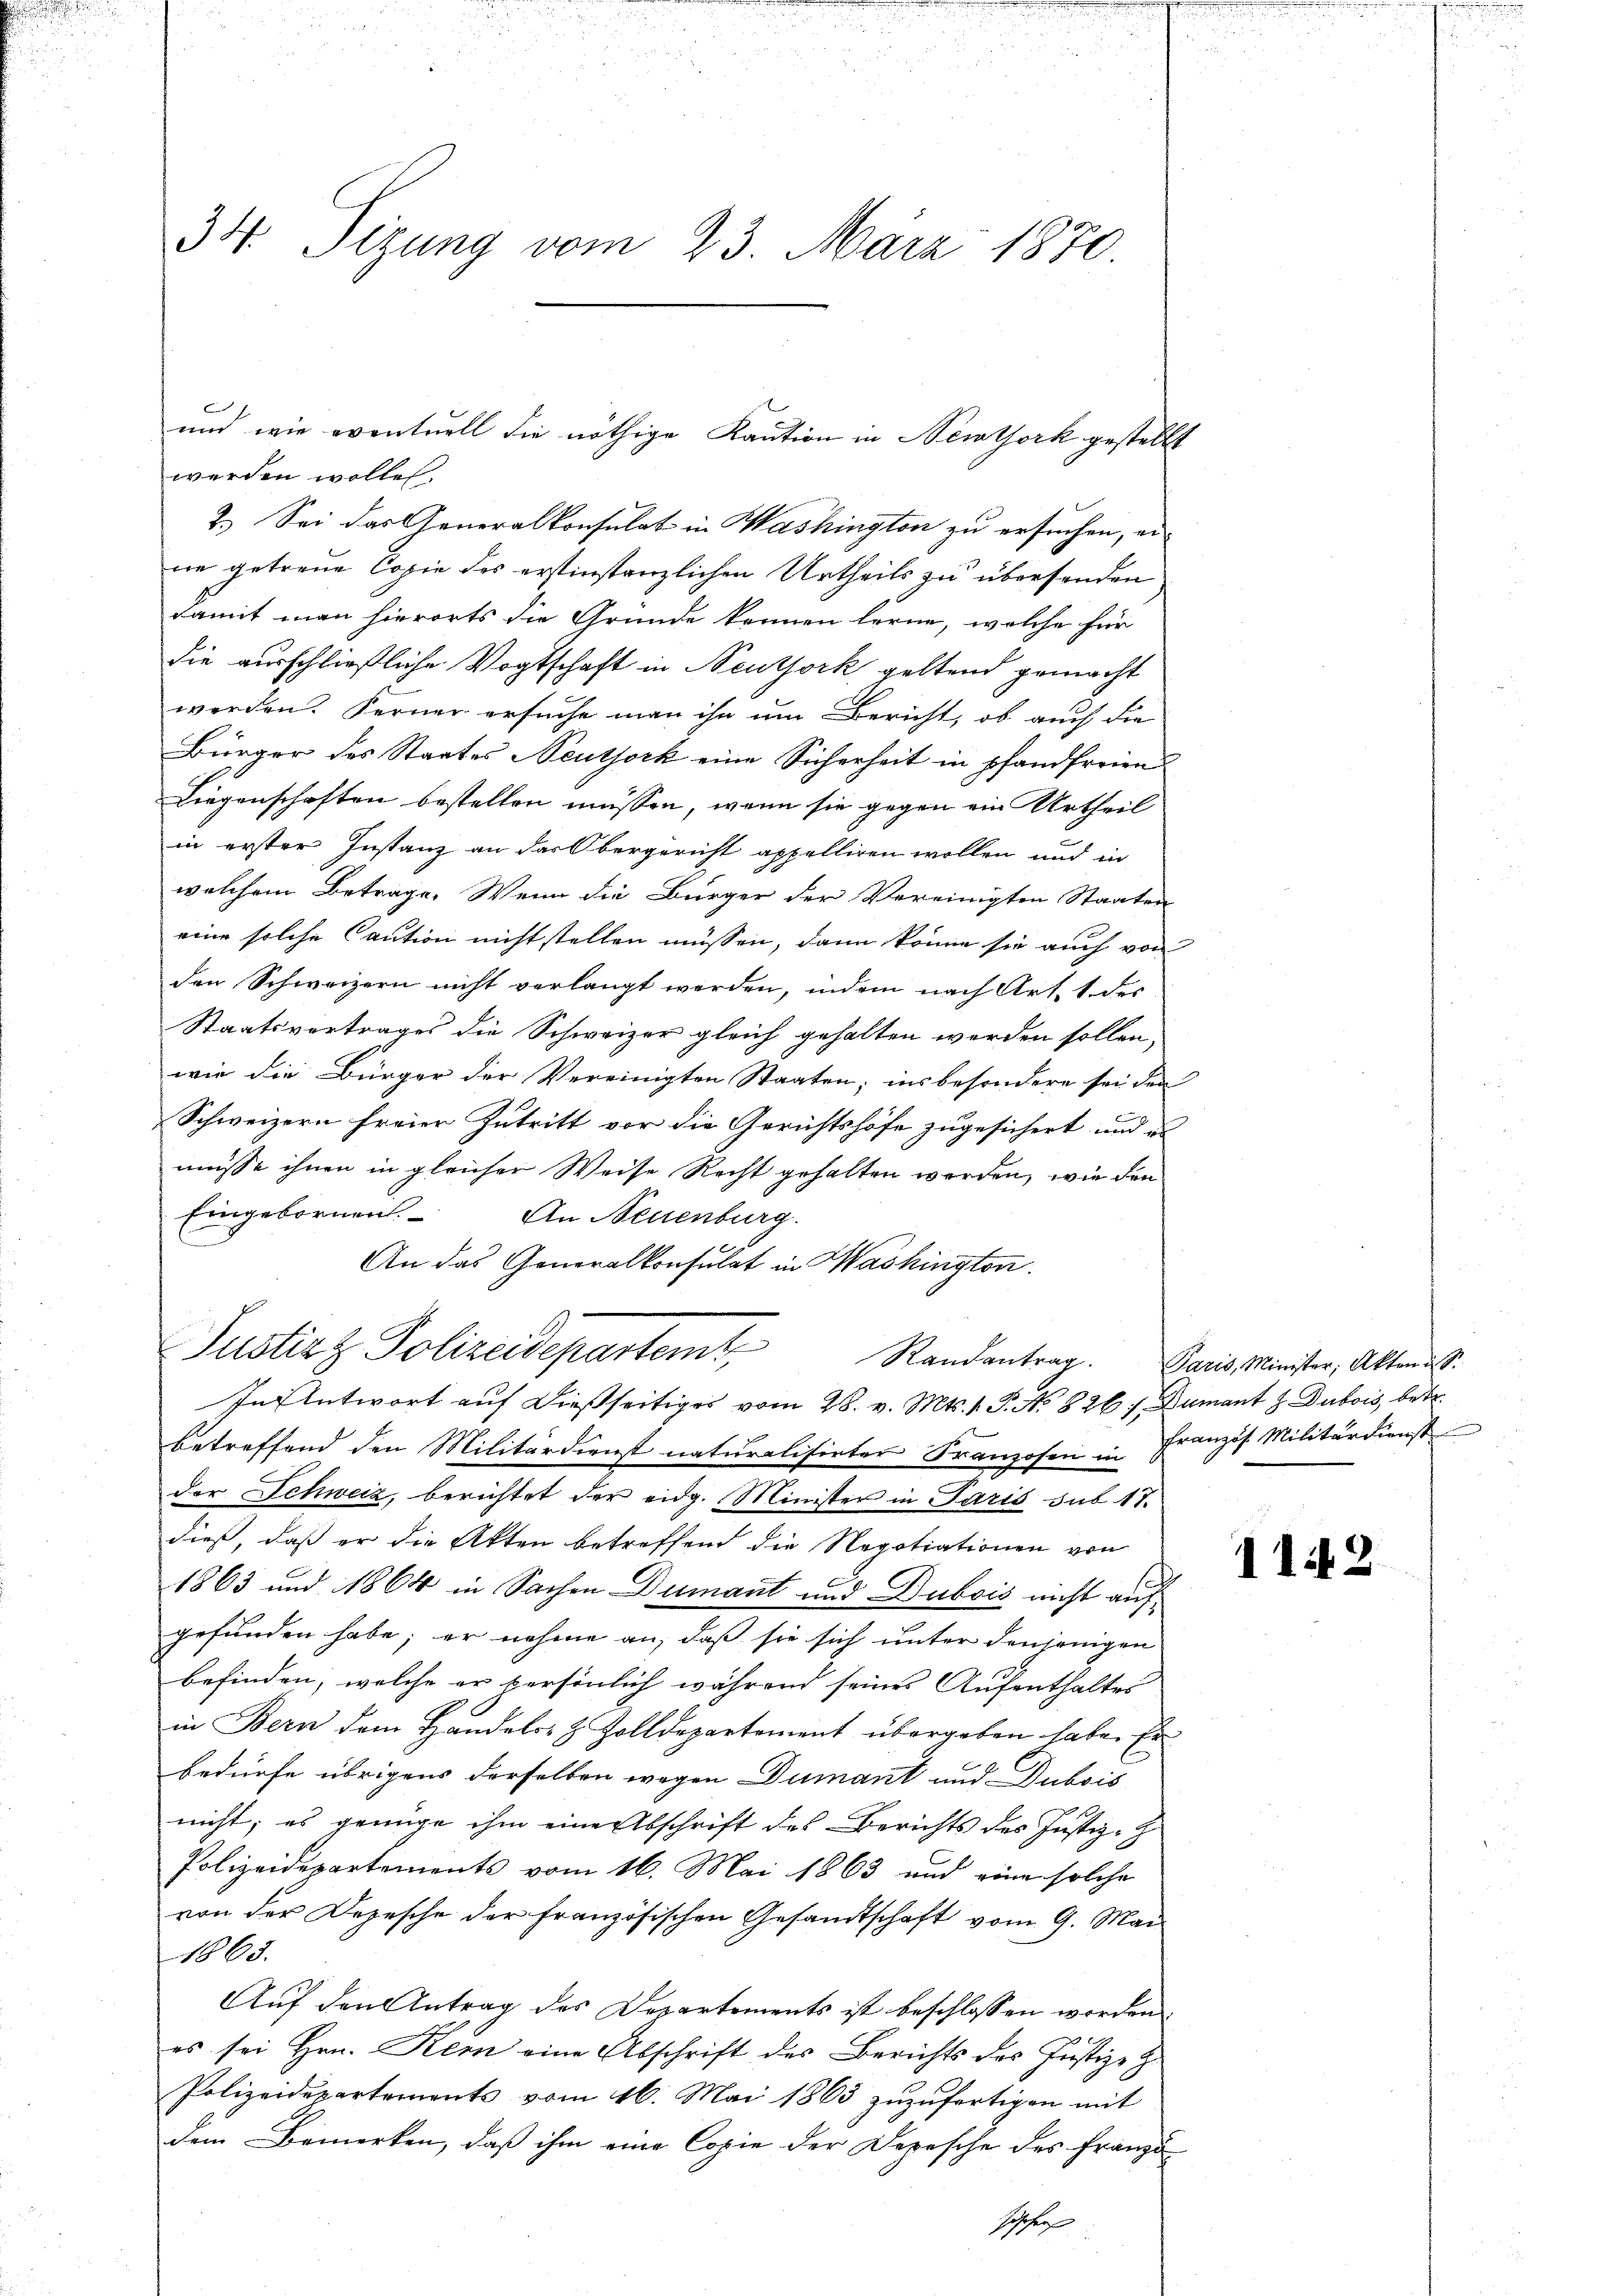
.
d
a

34. Sizung vom 23. März 1870

E
werden wollen.
2.) Sei das Generalkonsulat in Washington zu ersuchen, eine getreue Copie des erstinstanzlichen Urtheils zu übersenden
damit man hierorts die Gründe kennen lerne, welche für
die ausschließliche Vogtschaft in Neuthork geltend gemacht
werden. Ferner ersuche man ihn um Bericht, ob auch die
Bürger des Staates Neuthork eine Sicherheit in pfandfreien
Liegenschaften bestellen müssen, wenn sie gegen ein Urtheil
in erster Instanz an das Obergericht appelliren wollen und in
welchem Betrage. Wenn die Bürger der Vereinigten Staaten
eine solche Caution nicht stellen müssen, dann könne sie auch von
den Schweizern nicht verlangt werden, indem nach Art. 1 des
Staatsvertrages die Schweizer gleich gehalten werden sollen,
wie die Bürger der Vereinigten Staaten; insbesondere sei den
Schweizern freier Zutritt vor die Gerichtshöfe zugesichert und en
müsse ihnen in gleicher Weise Recht gehalten worden, wie den
Eingebornen.
An Neuenburg.
An das Generalkonsulat in Washington.
Justiz & Polizeidepartem Randantrag. Paris Minister, Akten ist.
In Antwort auf dießseitiges vom 28. v. Mts. 1. P. No 826 f. Dumant J. Dubois, betr.
betreffend den Militärdienst naturalisirter Franzosen in Französ. Militärdienst
der Schweiz, berichtet der eidg. Minister in Paris sub 17.
dieß, daß er die Akten betreffend die Negotiationen von
1863 und 1864 in Sachen Dumant und Dubois nicht auf
gefunden habe; er nehme an, daß sie sich unter denjenigen
befinden, welche er persönlich während seines Aufenthaltes
in Bern dem Handels- & Zolldepartement übergeben habe. Er
bedürfe übrigens derselben wegen Dumant und Dubois
nicht; es genüge ihm eine Abschrift des Berichts des Justiz-
Polizeidepartements vom 16. Mai 1863 und eine solche
von der Depesche der französischen Gesandtschaft vom 9. Mai
1863.
Auf den Antrag des Departements ist beschlossen worden.
es sei Hrn. Kem eine Abschrift des Berichts des Justiz-Z
Polizeidepartements vom 16. Mai 1863 zŭzŭfertigen mit
dem Bemerken, daß ihm eine Copie der Depesche des franzö¬

und wie eventuell die nöthige Kaution in Newtork gestellt

112